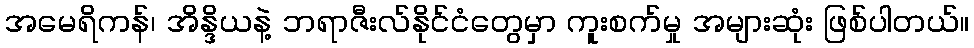
အမေရိကန်၊ အိန္ဒိယနဲ့ ဘရာဇီးလ်နိုင်ငံတွေမှာ ကူးစက်မှု အများဆုံး ဖြစ်ပါတယ်။